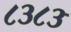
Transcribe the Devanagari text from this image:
८३८३